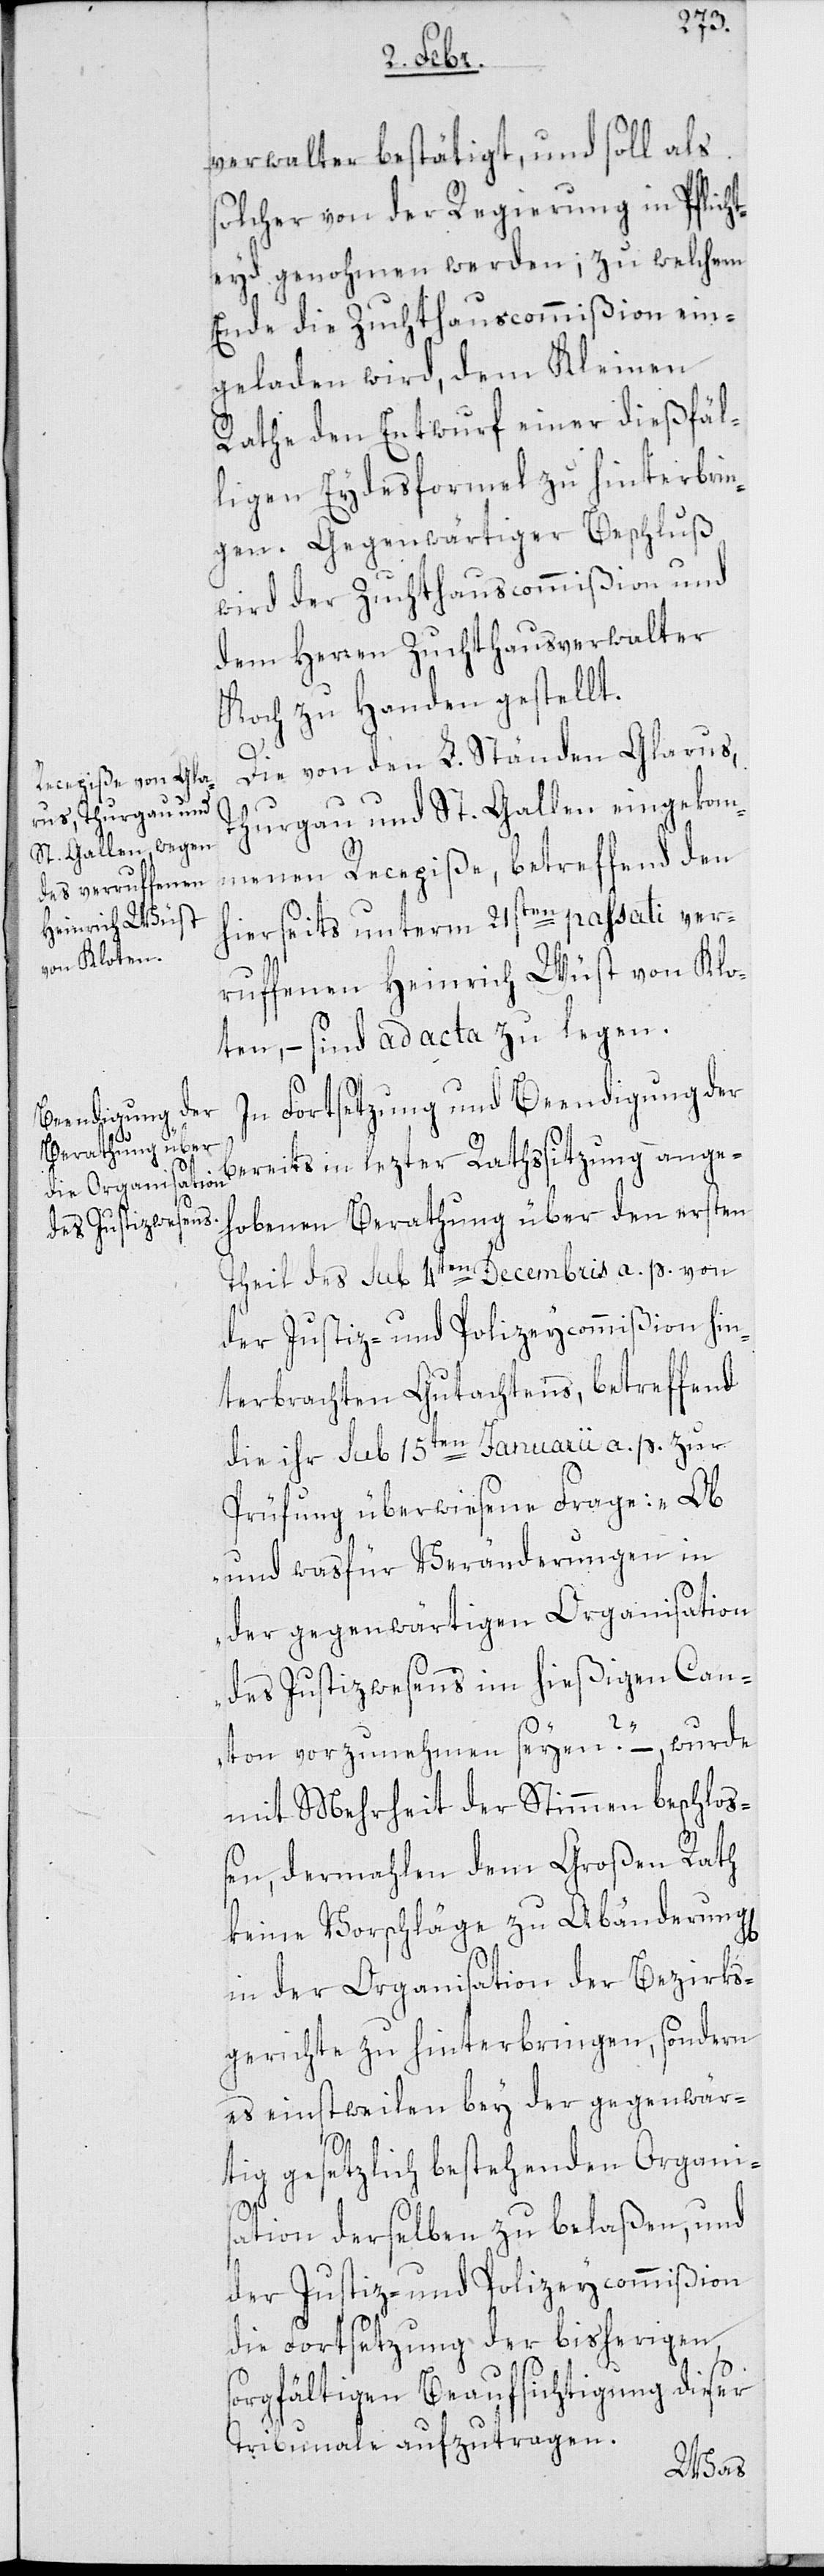
verwalter bestätigt, und soll als
solcher von der Regierung in Pflicht¬
eyd genohmen werden; zu welchem
Ende die Zuchthauscommißion ein¬
geladen wird, dem Kleinen
Rathe den Entwurf einer dießfäl¬
ligen Eydesformel zu hinterbrin¬
gen. Gegenwärtiger Beschluß
wird der Zuchthauscommißion und
dem Herren Zuchthausverwalter
Koch zu Handen gestellt.
Die von den L. Ständen Glarus,
Thurgau und St. Gallen eingekom¬
menen Recepiße, betreffend den
hierseits unterm 21sten passati ver¬
rufenen Heinrich Wüst von Klo¬
ten, – sind ad acta zu legen.
In Fortsetzung und Beendigung der
bereits in lezter Rathssitzung angeh¬
obenen Berathung über den ersten
Theil des sub 4ten Decembris a. p. von
der Justiz- und Polizeycommißion hin¬
terbrachten Gutachtens, betreffend
die ihr sub 15ten Januarii a. p. zur
Prüfung überwiesene Frage: „Ob
und was für Veränderungen in
der gegenwärtigen Organisation
des Justizwesens im hießigen Can¬
ton vorzunehmen seyen?“ – wurde
mit Mehrheit der Stimmen beschloß¬
en, dermahlen dem Großen Rath
keine Vorschläge zu Abänderung[en]
in der Organisation der Bezirks¬
gerichte zu hinterbringen, sondern
es einstweilen bey der gegenwär¬
tig gesetzlich bestehenden Organi¬
sation derselben zu belaßen, und
der Justiz- und Polizeycommißion
die Fortsetzung der bisherigen
sorgfältigen Beaufsichtigung dieser
Tribunale aufzutragen.